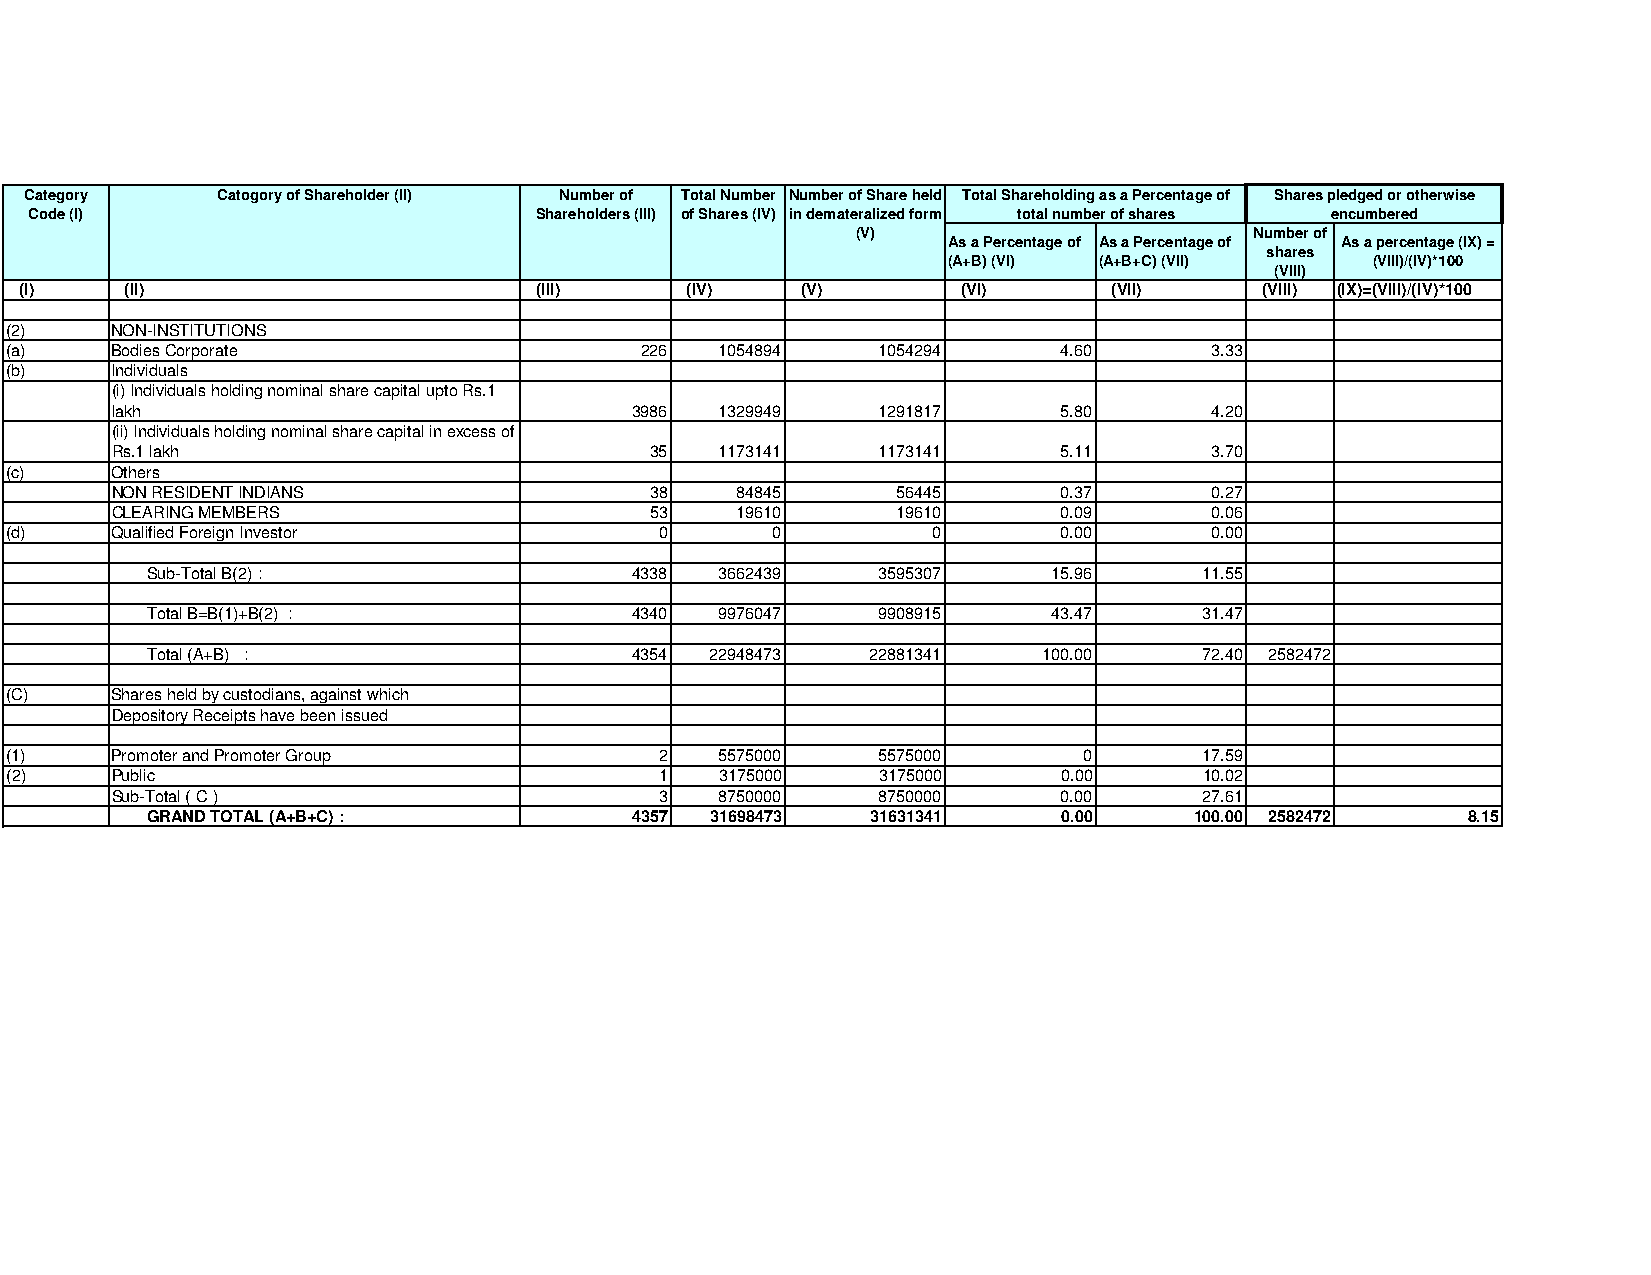
Category    Catogory of Shareholder (II) Number of Total Number Number of Share held Total Shareholding as a Percentage of Shares pledged or otherwise
 Code (I)                         Shareholders (III) of Shares (IV) in demateralized form total number of shares encumbered
 (V)                       Number of
 As a Percentage of As a Percentage of As a percentage (IX) =
 shares
 (A+B) (VI) (A+B+C) (VII)    (VIII)/(IV)*100
 (VIII)
 (I)    (II)                        (III)    (IV)    (V)        (VI)      (VII)     (VIII) (IX)=(VIII)/(IV)*100
 (2)    NON-INSTITUTIONS
 (a)    Bodies Corporate                   226   1054894   1054294     4.60      3.33
 (b)    Individuals
 (i) Individuals holding nominal share capital upto Rs.1
 lakh                               3986  1329949   1291817     5.80      4.20
 (ii) Individuals holding nominal share capital in excess of
 Rs.1 lakh                           35   1173141   1173141     5.11      3.70
 (c)    Others
 NON RESIDENT INDIANS                38    84845     56445      0.37      0.27
 CLEARING MEMBERS                    53    19610     19610      0.09      0.06
 (d)    Qualified Foreign Investor           0      0          0       0.00      0.00
 Sub-Total B(2) :                4338  3662439   3595307     15.96     11.55
 Total B=B(1)+B(2) :             4340  9976047   9908915     43.47     31.47
 Total (A+B) :                   4354 22948473   22881341   100.00     72.40 2582472
 (C)    Shares held by custodians, against which
 Depository Receipts have been issued
 (1)    Promoter and Promoter Group          2   5575000   5575000       0       17.59
 ((22)) PPuubblliicc                         11  33117755000000 33117755000000 00..0000 1100..0022
 Sub-Total ( C )                      3   8750000   8750000     0.00      27.61
 GRAND TOTAL (A+B+C) :           4357 31698473   31631341    0.00     100.00 2582472    8.15